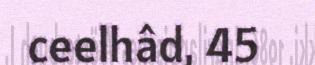
ceelhâd, 45